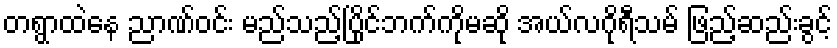
တရွာထဲနေ ညာဏ်ဝင်း မည်သည့်ပြိုင်ဘက်ကိုမဆို အယ်လဂိုရီသမ် ဖြည့်ဆည်းခွင့်